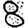
Digit: 8